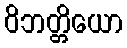
ဝိဘတ္တိယော